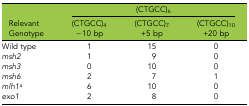
<table><thead><tr><td></td><td colspan="3"><b>(CTGCC)<sub>6</sub></b></td></tr><tr><td><b>Relevant Genotype</b></td><td><b>(CTGCC)<sub>4</sub> −10 bp</b></td><td><b>(CTGCC)<sub>7</sub> +5 bp</b></td><td><b>(CTGCC)<sub>10</sub> +20 bp</b></td></tr></thead><tbody><tr><td>Wild type</td><td>1</td><td>15</td><td>0</td></tr><tr><td><i>msh2</i></td><td>1</td><td>9</td><td>0</td></tr><tr><td><i>msh3</i></td><td>0</td><td>10</td><td>0</td></tr><tr><td><i>msh6</i></td><td>2</td><td>7</td><td>1</td></tr><tr><td><i>mlh1</i><i><sup>a</sup></i></td><td>6</td><td>10</td><td>0</td></tr><tr><td><i>exo1</i></td><td>2</td><td>8</td><td>0</td></tr></tbody></table>